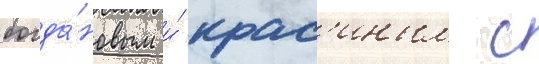
богда́новым и́ крас'иным с